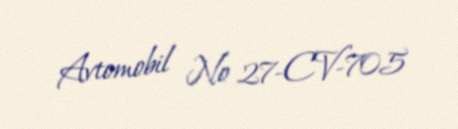
Avtomobil № 27-CV-705